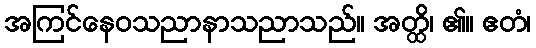
အကြင်နေဝသညာနာသညာသည်။ အတ္ထိ၊ ၏။ ဧတံ၊